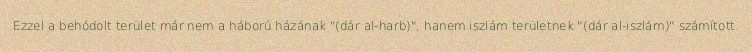
Ezzel a behódolt terület már nem a háború házának "(dár al-harb)", hanem iszlám területnek "(dár al-iszlám)" számított.